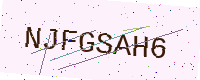
Text: NJFGSAH6